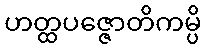
ဟတ္ထပဇ္ဇောတိကမ္ပိ